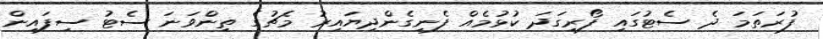
ފުރަތަމަ ދެ ސެޓުގައި ފޯރިގަދަ ކުޅުމެއް ފެނިގެންދިޔައިރު މެޗުގެ ތިންވަނަ ސެޓު ސިފައިން